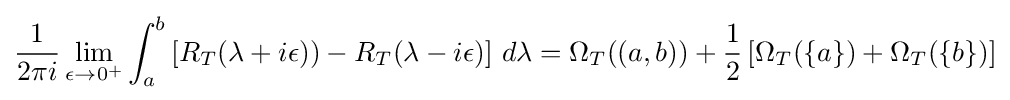
{\frac {1}{2\pi i}}\lim _{\epsilon \to 0^{+}}\int _{a}^{b}\left[R_{T}(\lambda +i\epsilon ))-R_{T}(\lambda -i\epsilon )\right]\,d\lambda =\Omega _{T}((a,b))+{\frac {1}{2}}\left[\Omega _{T}(\{a\})+\Omega _{T}(\{b\})\right]